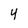
Character: 4